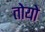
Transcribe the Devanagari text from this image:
तोयो